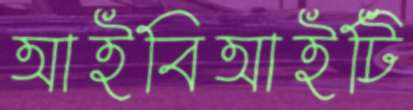
আইবিআইটি